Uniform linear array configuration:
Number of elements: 4
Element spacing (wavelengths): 1
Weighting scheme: binomial
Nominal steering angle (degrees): -15
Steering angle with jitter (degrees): -14.882
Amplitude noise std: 0.05
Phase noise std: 0.05

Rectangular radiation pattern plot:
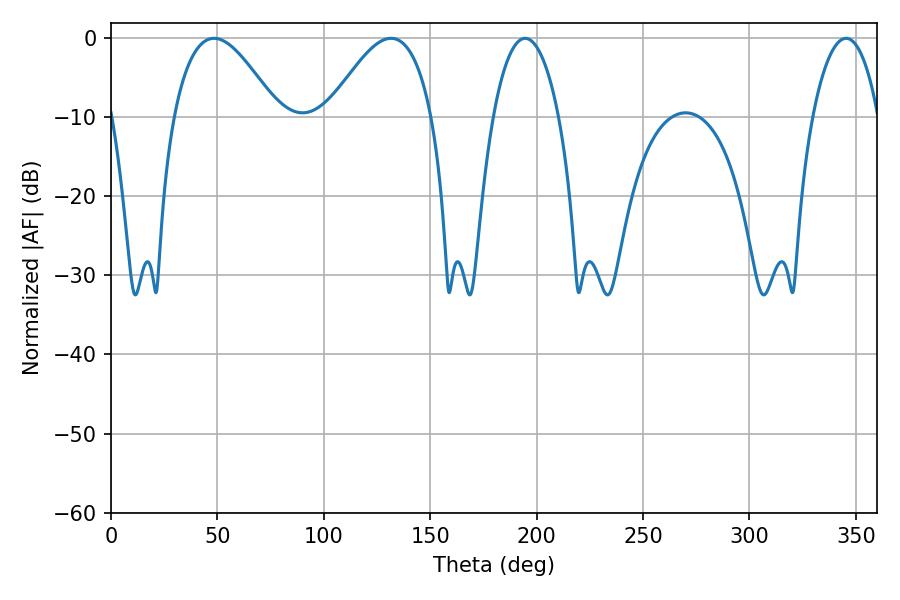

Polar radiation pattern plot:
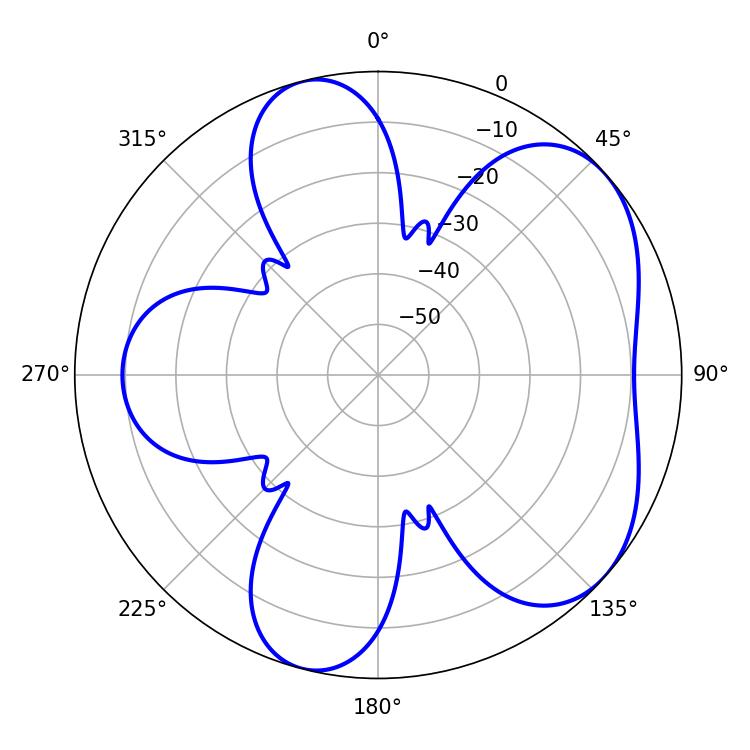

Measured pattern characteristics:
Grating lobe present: TRUE
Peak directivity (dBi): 5.319
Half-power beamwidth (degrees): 26.46
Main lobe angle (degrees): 48.42